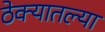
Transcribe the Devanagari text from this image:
ठेक्यातल्या